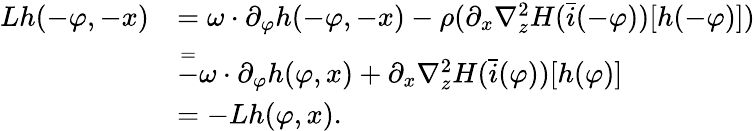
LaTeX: \begin{array}{rl}{Lh(-\varphi,-x)}&{=\omega\cdot\partial_{\varphi}h(-\varphi,-x)-\rho(\partial_{x}\nabla_{z}^{2}H(\bar{i}(-\varphi))[h(-\varphi)])}\\ &{\overset{=}-\omega\cdot\partial_{\varphi}h(\varphi,x)+\partial_{x}\nabla_{z}^{2}H(\bar{i}(\varphi))[h(\varphi)]}\\ &{=-Lh(\varphi,x).}\end{array}